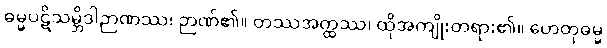
ဓမ္မပဋိသမ္ဘိဒါဉာဏဿ၊ ဉာဏ်၏။ တဿအတ္ထဿ၊ ထိုအကျိုးတရား၏။ ဟေတုဓမ္မ